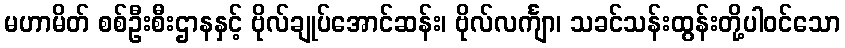
မဟာမိတ် စစ်ဦးစီးဌာနနှင့် ဗိုလ်ချုပ်အောင်ဆန်း၊ ဗိုလ်လင်္ကျာ၊ သခင်သန်းထွန်းတို့ပါဝင်သော